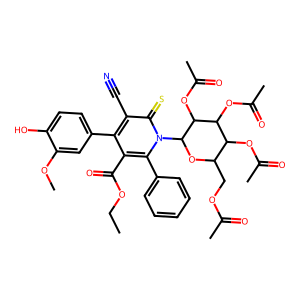
SMILES: CCOC(=O)c1c(-c2ccc(O)c(OC)c2)c(C#N)c(=S)n(C2OC(COC(C)=O)C(OC(C)=O)C(OC(C)=O)C2OC(C)=O)c1-c1ccccc1
Inhibits HIV replication: No